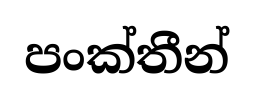
පංක්තීන්